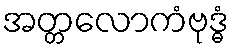
အတ္တလောကံဗုဒ္ဓံ